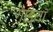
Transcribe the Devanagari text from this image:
गाड्यां